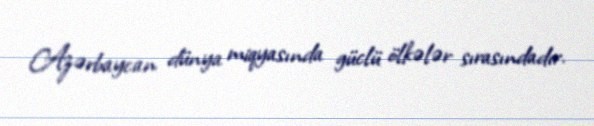
Azərbaycan dünya miqyasında güclü ölkələr sırasındadır.